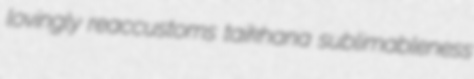
lovingly reaccustoms taikhana sublimableness